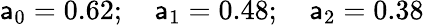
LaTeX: \mathsf{a}_{0}=0.62;\quad\mathsf{a}_{1}=0.48;\quad\mathsf{a}_{2}=0.38